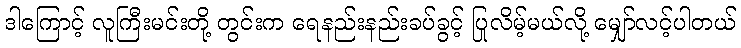
ဒါကြောင့် လူကြီးမင်းတို့ တွင်းက ရေနည်းနည်းခပ်ခွင့် ပြုလိမ့်မယ်လို့ မျှော်လင့်ပါတယ်